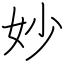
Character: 妙